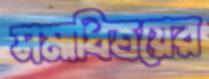
সমাধিত্রয়ের